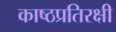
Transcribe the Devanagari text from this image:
काष्ठप्रतिरक्षी